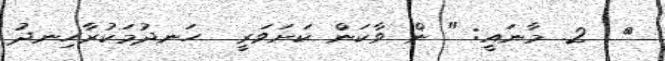
٢  2. މާނައީ: " ން ވާކަން ކަށަވަރީ  ހަނދުމަކުރާހިނދު